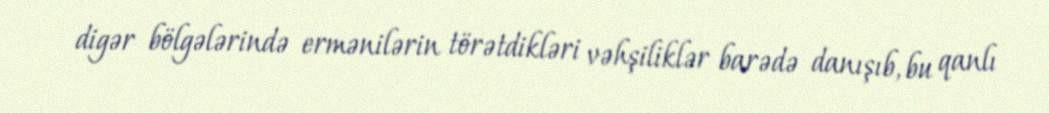
digər bölgələrində ermənilərin törətdikləri vəhşiliklər barədə danışıb, bu qanlı